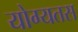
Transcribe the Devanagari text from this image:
योग्यतस